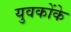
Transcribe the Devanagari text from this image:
युवकोंके